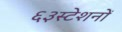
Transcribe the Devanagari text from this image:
६३स्टेशनों